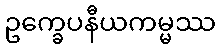
ဥက္ခေပနီယကမ္မဿ